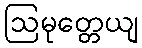
ဩမုတ္တေယျ